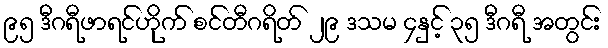
၉၅ ဒီဂရီဖာရင်ဟိုက် စင်တီဂရိတ် ၂၉ ဒသမ ၄နှင့် ၃၅ ဒီဂရီ အတွင်း